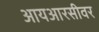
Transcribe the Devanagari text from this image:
आयआरसीवर